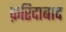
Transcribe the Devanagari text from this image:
फ़रिदाबाद